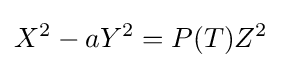
X^{2}-aY^{2}=P(T)Z^{2}